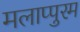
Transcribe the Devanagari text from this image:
मलाप्पुरम